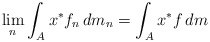
\begin{align*}\lim_n \int_{A} x^*f_n\, dm_n = \int_{A} x^*f\, dm\end{align*}